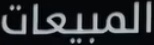
المبيعات